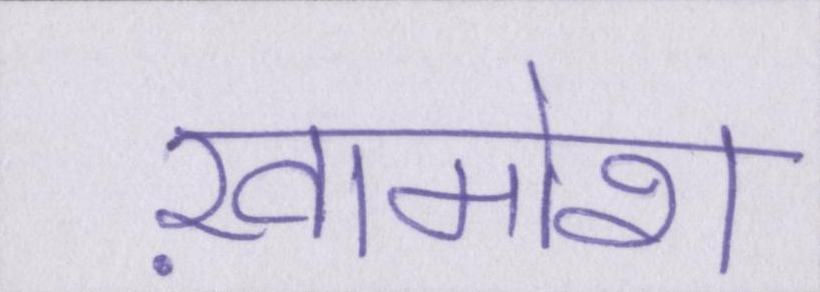
ख़ामोश